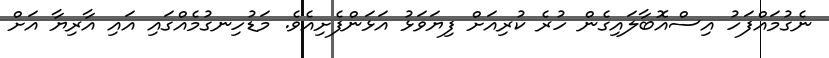
ނެގުމައްފަހު އިސްއޮބާލައިގެން ހުރެ ކުރިއަށް ފިޔަވަޅު އަޅަންފެށިއެވެ. މަޑުހިނގުމެއްގައި އައި އާރިޔާ އަށް